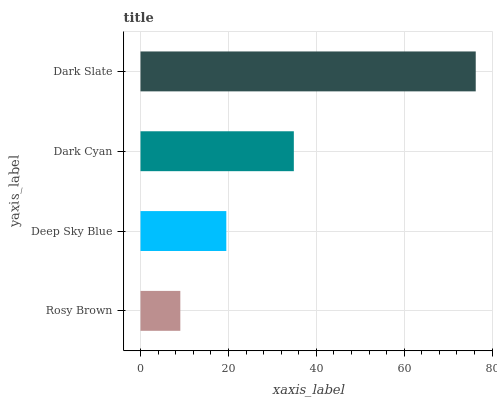
| yaxis_label | bars |
 | --- | --- |
 | Rosy Brown | 9.06 |
 | Deep Sky Blue | 19.5 |
 | Dark Cyan | 34.9 |
 | Dark Slate | 76.3 |